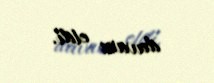
davam etdi.